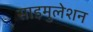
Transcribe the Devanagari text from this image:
साइमुलेशन